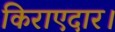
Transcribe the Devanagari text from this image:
किराएदार।